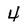
Character: 4